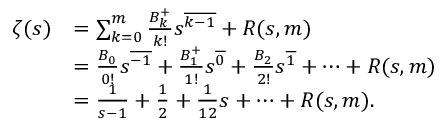
{ \begin{array} { r l } { \zeta ( s ) } & { = \sum _ { k = 0 } ^ { m } { \frac { B _ { k } ^ { + } } { k ! } } s ^ { \overline { { k - 1 } } } + R ( s , m ) } \\ & { = { \frac { B _ { 0 } } { 0 ! } } s ^ { \overline { { - 1 } } } + { \frac { B _ { 1 } ^ { + } } { 1 ! } } s ^ { \overline { { 0 } } } + { \frac { B _ { 2 } } { 2 ! } } s ^ { \overline { { 1 } } } + \cdots + R ( s , m ) } \\ & { = { \frac { 1 } { s - 1 } } + { \frac { 1 } { 2 } } + { \frac { 1 } { 1 2 } } s + \cdots + R ( s , m ) . } \end{array} }